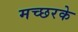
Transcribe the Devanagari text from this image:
मच्छरके